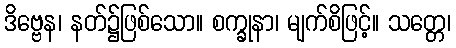
ဒိဗ္ဗေန၊ နတ်၌ဖြစ်သော။ စက္ခုနာ၊ မျက်စိဖြင့်။ သတ္တေ၊